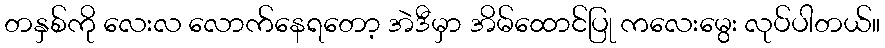
တနှစ်ကို လေးလ လောက်နေရတော့ အဲဒီမှာ အိမ်ထောင်ပြု ကလေးမွေး လုပ်ပါတယ်။